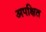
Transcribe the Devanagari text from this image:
अपक्षित